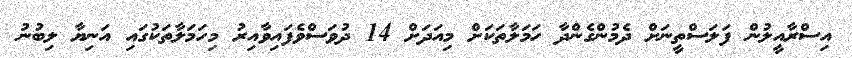
އިސްރާއީލުން ފަލަސްތީނަށް ދެމުންގެންދާ ހަމަލާތަކަށް މިއަދަށް 14 ދުވަސްވެފައިވާއިރު މިހަމަލާތަކުގައި އަނިޔާ ލިބުނު